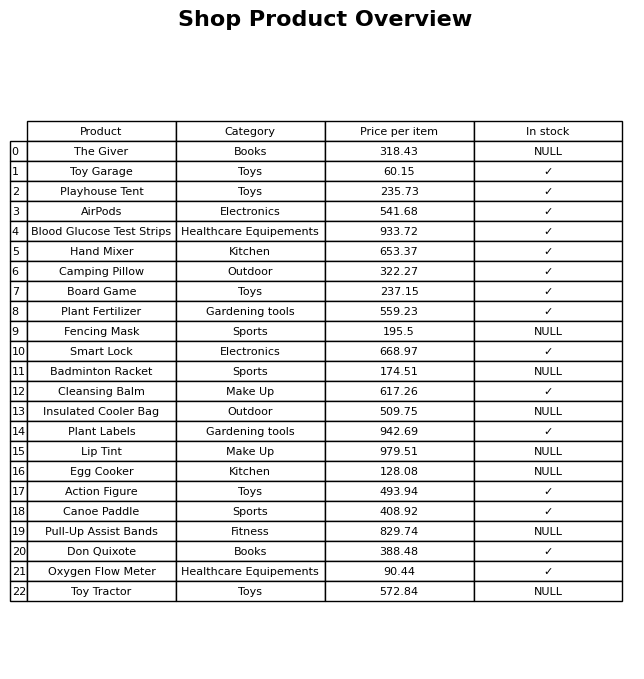
question: What is the price for AirPods?
answer: The price of AirPods is 541.68.